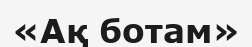
«Ақ ботам»